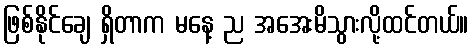
ဖြစ်နိုင်ချေ ရှိတာက မနေ့ ည အအေးမိသွားလို့ထင်တယ်။